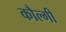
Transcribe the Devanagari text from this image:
कौल्गी